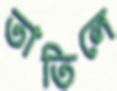
তাতিলে